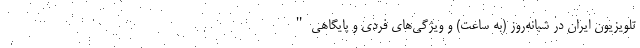
تلویزیون ایران در شبانه‌روز (به ساعت) و ویژگی‌های فردی و پایگاهی"